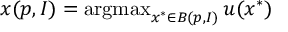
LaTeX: x ( p , I ) = \operatorname { a r g m a x } _ { x ^ { * } \in B ( p , I ) } u ( x ^ { * } )